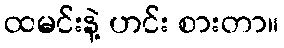
ထမင်းနဲ့ ဟင်း စားတာ။